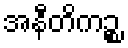
အနီတိကဉ္စ